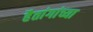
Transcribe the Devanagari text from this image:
हैतांगांच्या